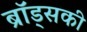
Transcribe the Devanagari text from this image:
ब्रॉड्सकी